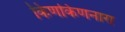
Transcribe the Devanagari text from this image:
किणकिणनारा